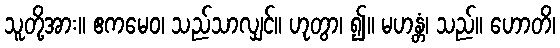
သူတို့အား။ ဧကမေဝ၊ သည်သာလျှင်။ ဟုတွာ၊ ၍။ မဟန္တံ၊ သည်။ ဟောတိ၊